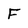
Character: F